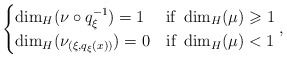
\begin{align*}\begin{cases}\dim _H ( \nu \circ q _\xi ^{-1} ) = 1 & \mbox{if } \dim _H ( \mu ) \geqslant 1 \\ \dim _H ( \nu _{(\xi, q _\xi (x))} ) = 0 & \mbox{if } \dim _H ( \mu ) < 1 \end{cases} ,\end{align*}